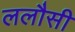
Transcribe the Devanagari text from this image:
ललौसी